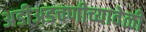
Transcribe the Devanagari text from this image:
अडीअडचणीच्यावेळी